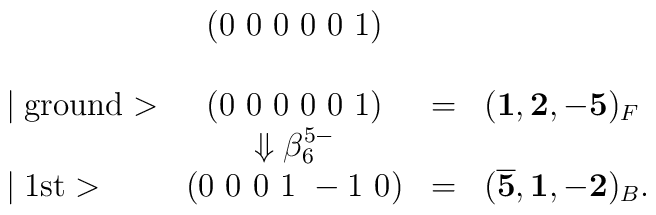
\begin{array}{lccl}                 & (0~0~0~0~0~1) \\\\\mid \mbox{ground}> & (0~0~0~0~0~1) & = & ({\bf 1,2,-5})_F \\                 & \Downarrow \beta^{5-}_6 \\\mid \mbox{1st}> & (0~0~0~1~-1~0) & = & ({\bf \overline {5},1,-2})_B. \\\end{array}